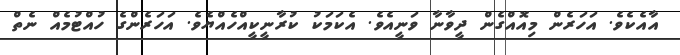
އާއެކެވެ. އަހަރެން މިއޮއްގެން ދީވާނާ ވަނީއެވެ. އެކަމަކު ކުރާނީކީއްހެއްޔެވެ. އަހަރެންގެ ހުއްޓުމެއް ނެތް